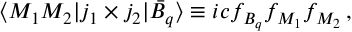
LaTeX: \langle M _ { 1 } M _ { 2 } | j _ { 1 } \times j _ { 2 } | \bar { B } _ { q } \rangle \equiv i c f _ { B _ { q } } f _ { M _ { 1 } } f _ { M _ { 2 } } \, ,